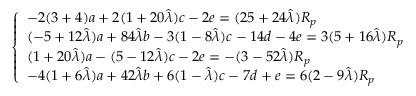
\left\{ \begin{array} { l l } { - 2 ( 3 + 4 ) a + 2 ( 1 + 2 0 \hat { \lambda } ) c - 2 e = ( 2 5 + 2 4 \hat { \lambda } ) R _ { p } } \\ { ( - 5 + 1 2 \hat { \lambda } ) a + 8 4 \hat { \lambda } b - 3 ( 1 - 8 \hat { \lambda } ) c - 1 4 d - 4 e = 3 ( 5 + 1 6 \hat { \lambda } ) R _ { p } } \\ { ( 1 + 2 0 \hat { \lambda } ) a - ( 5 - 1 2 \hat { \lambda } ) c - 2 e = - ( 3 - 5 2 \hat { \lambda } ) R _ { p } } \\ { - 4 ( 1 + 6 \hat { \lambda } ) a + 4 2 \hat { \lambda } b + 6 ( 1 - \hat { \lambda } ) c - 7 d + e = 6 ( 2 - 9 \hat { \lambda } ) R _ { p } } \end{array} \right.